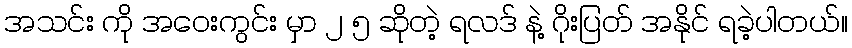
အသင်း ကို အဝေးကွင်း မှာ ၂ ၅ ဆိုတဲ့ ရလဒ် နဲ့ ဂိုးပြတ် အနိုင် ရခဲ့ပါတယ်။